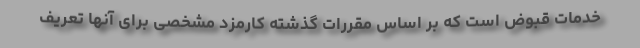
خدمات قبوض است که بر اساس مقررات گذشته کارمزد مشخصی برای آنها تعریف